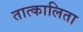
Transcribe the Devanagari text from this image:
तात्कालिता